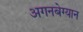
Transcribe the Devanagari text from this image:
अगनबेग्यान